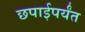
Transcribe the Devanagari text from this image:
छपाईपर्यंत